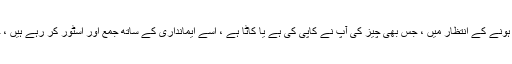
کاپی پیسٹ پرو صرف پس منظر میں بیٹھا ہے ، استعمال ہونے کے انتظار میں ، جس بھی چیز کی آپ نے کاپی کی ہے یا کاٹا ہے ، اسے ایمانداری کے ساتھ جمع اور اسٹور کر رہے ہیں ، جہاں بھی آپ چاہیں اشیاء چسپاں کرنے کے لئے تیار ہیں۔